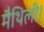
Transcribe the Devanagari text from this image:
मैथिली।